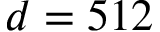
d = 5 1 2